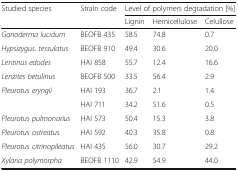
<table><thead><tr><td rowspan="2"><b>Studied species</b></td><td rowspan="2"><b>Strain code</b></td><td colspan="3"><b>Level of polymers degradation [%]</b></td></tr><tr><td><b>Lignin</b></td><td><b>Hemicellulose</b></td><td><b>Celullose</b></td></tr></thead><tbody><tr><td><i>Ganoderma lucidum</i></td><td>BEOFB 435</td><td>58.5</td><td>74.8</td><td>0.7</td></tr><tr><td><i>Hypsizygus. tessulatus</i></td><td>BEOFB 910</td><td>49.4</td><td>30.6</td><td>20.0</td></tr><tr><td><i>Lentinus edodes</i></td><td>HAI 858</td><td>55.7</td><td>12.4</td><td>16.6</td></tr><tr><td><i>Lenzites betulinus</i></td><td>BEOFB 500</td><td>33.5</td><td>56.4</td><td>2.9</td></tr><tr><td rowspan="2"><i>Pleurotus eryngii</i></td><td>HAI 193</td><td>36.7</td><td>2.1</td><td>1.4</td></tr><tr><td>HAI 711</td><td>34.2</td><td>51.6</td><td>0.5</td></tr><tr><td><i>Pleurotus pulmonarius</i></td><td>HAI 573</td><td>50.4</td><td>15.3</td><td>3.8</td></tr><tr><td><i>Pleurotus ostreatus</i></td><td>HAI 592</td><td>40.3</td><td>35.8</td><td>0.8</td></tr><tr><td><i>Pleurotus citrinopileatus</i></td><td>HAI 435</td><td>56.0</td><td>30.7</td><td>29.2</td></tr><tr><td><i>Xylaria polymorpha</i></td><td>BEOFB 1110</td><td>42.9</td><td>54.9</td><td>44.0</td></tr></tbody></table>